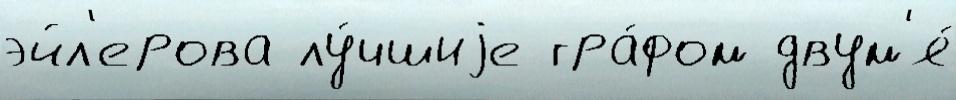
эйл'ерова лу́чшиjе гра́фом двум'я́